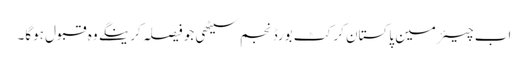
اب چیئرمین پاکستان کرکٹ بورڈ نجم سیٹھی جو فیصلہ کرینگے وہ قبول ہوگا۔